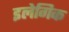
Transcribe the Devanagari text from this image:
इलेगिक